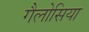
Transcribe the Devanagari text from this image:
गैलोसिया